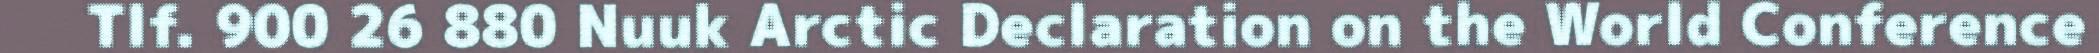
Tlf. 900 26 880 Nuuk Arctic Declaration on the World Conference